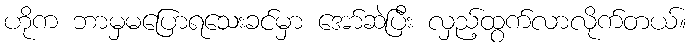
ဟိုက ဘာမှမပြောရသေးခင်မှာ အော်ဆဲပြီး လှည့်ထွက်လာလိုက်တယ်။